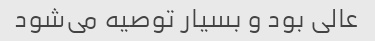
عالی بود و بسیار توصیه می‌شود